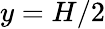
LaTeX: y=H/2